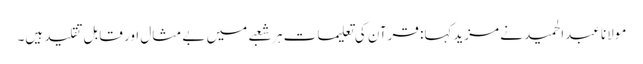
مولانا عبدالحمید نے مزیدکہا: قرآن کی تعلیمات ہر شعبے میں بے مثال اور قابل تقلید ہیں۔